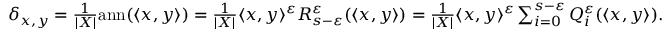
\begin{array} { r } { \delta _ { x , y } = \frac { 1 } { | X | } \mathrm { a n n } ( \langle x , y \rangle ) = \frac { 1 } { | X | } \langle x , y \rangle ^ { \varepsilon } R _ { s - \varepsilon } ^ { \varepsilon } ( \langle x , y \rangle ) = \frac { 1 } { | X | } \langle x , y \rangle ^ { \varepsilon } \sum _ { i = 0 } ^ { s - \varepsilon } Q _ { i } ^ { \varepsilon } ( \langle x , y \rangle ) . } \end{array}